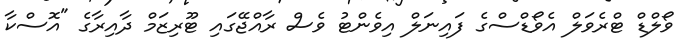
ވޯލްޑް ޓްރެވަލް އެވޯޑްސްގެ ފައިނަލް އިވެންޓު ވެސް ރާއްޖޭގައި ޓޫރިޒަމް ދާއިރާގެ "އޮސްކާ